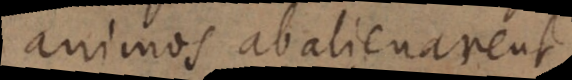
animos abalienarent.